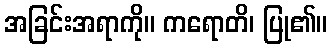
အခြင်းအရာကို။ ကရောတိ၊ ပြု၏။